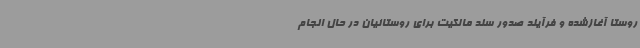
روستا آغازشده و فرآیند صدور سند مالکیت برای روستائیان در حال انجام